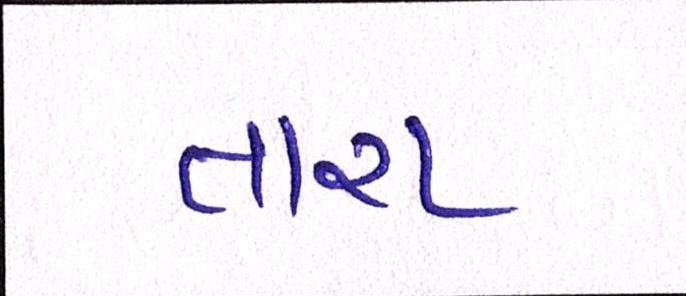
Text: તારા